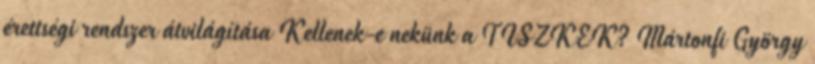
érettségi rendszer átvilágítása Kellenek-e nekünk a TISZKEK? Mártonfi György